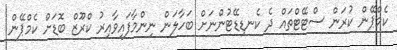
ކެމްޕޭން ކުރަން ސްޓޭޓްތައް ދެ ކެނޑިޑޭޓުންނަށް ބަހާލަން ނިންމާފައިވާއިރު ކްރޫޒް ބޮޑަށް ކެމްޕޭން